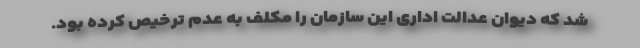
شد که دیوان عدالت اداری این سازمان را مکلف به عدم ترخیص کرده بود.